Leaving Certificate Examination (including Day School Certificate (Higher) General paper), 1935
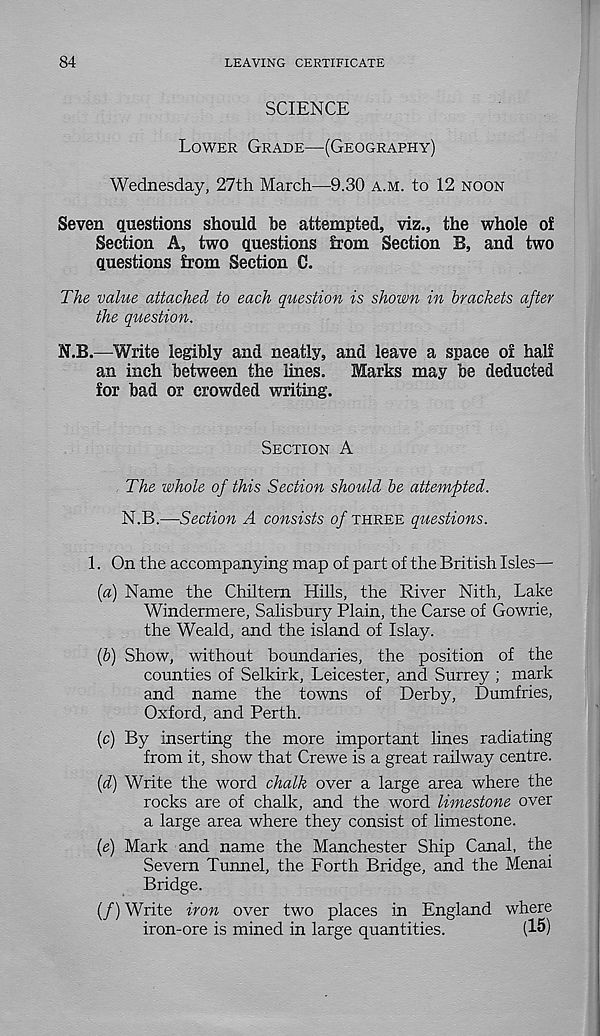
84
LEAVING CERTIFICATE
SCIENCE
Lower Grade—(Geography)
Wednesday, 27th March—9.30 a.m. to 12 noon
Seven questions should he attempted, viz., the whole of
Section A, two questions from Section B, and two
questions from Section C.
The value attached to each question is shown in brackets after
the question.
N.B.—Write legibly and neatly, and leave a space of half
an inch between the lines.
Marks may be deducted
for bad or crowded writing.
Section A
The whole of this Section should be attempted.
N.B.—Section A consists of three questions.
1. On the accompanying map of part of the British Isles—
{a) Name the Chiltern Hills, the River Nith, Lake
Windermere, Salisbury Plain, the Carse of Gowrie,
the Weald, and the island of Islay.
(b) Show, without boundaries, the position of the
counties of Selkirk, Leicester, and Surrey ; mark
and name the towns of Derby, Dumfries,
Oxford, and Perth.
(c) By inserting the more important lines radiating
from it, show that Crewe is a great railway centre.
P) Write the word chalk over a large area where the
rocks are of chalk, and the word limestone over
a large area where they consist of limestone.
(e) Mark and name the Manchester Ship Canal, the
Severn Tunnel, the Forth Bridge, and the Menai
Bridge.
(/) Write iron over two places in England where
iron-ore is mined in large quantities.
(15)